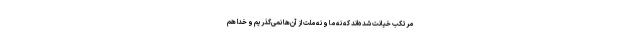
مرتکب خیانت شده‌اند که نه ما و نه ملت از آن‌ها نمی‌گذریم و خدا هم